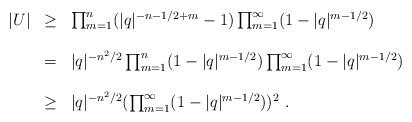
LaTeX: \begin{align*}\begin{array}{ccl}|U|&\geq&\prod _{m=1}^{n}(|q|^{-n-1/2+m}-1)\prod_{m=1}^{\infty}(1-|q|^{m-1/2})\\ \\ &=&|q|^{-n^2/2}\prod_{m=1}^{n}(1-|q|^{m-1/2})\prod_{m=1}^{\infty}(1-|q|^{m-1/2})\\ \\&\geq &|q|^{-n^2/2}(\prod_{m=1}^{\infty}(1-|q|^{m-1/2}))^2~.\end{array}\end{align*}